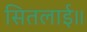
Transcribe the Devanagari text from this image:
सितलाई॥